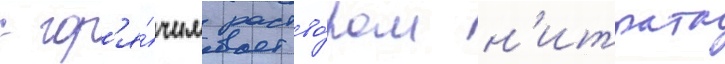
с гор'я́чим раство́ром н'итрата